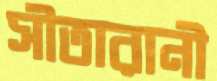
সীতারানী